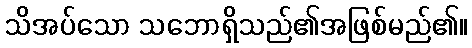
သိအပ်သော သဘောရှိသည်၏အဖြစ်မည်၏။